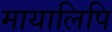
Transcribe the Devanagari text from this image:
मायालिपि